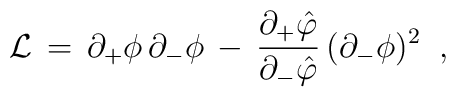
{\cal L}\,=\,\partial _{+}\phi \,\partial _{-}\phi \,-\,{\frac{\partial_{+}\hat{\varphi}}{\partial _{-}\hat{\varphi}}}\,(\partial _{-}\phi)^{2}\;\;,